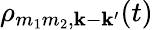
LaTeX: \rho_{m_{1}m_{2},\mathbf k-\mathbf k^{\prime}}(t)